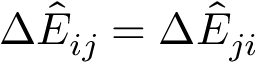
\Delta \hat { E } _ { i j } = \Delta \hat { E } _ { j i }